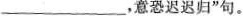
___，意恐迟迟归”句。